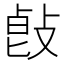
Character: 𢽭